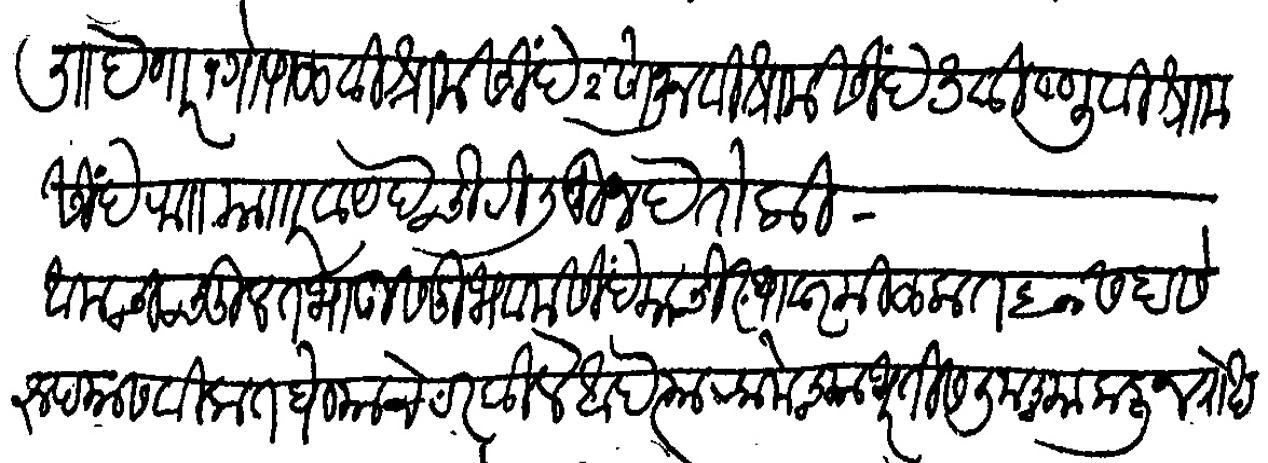
Transliteration (Devanagari): लिहून देणार १ गोपाळ विश्राम शिंदे २ सोनू विश्राम शिंदे ३ विष्णु विश्राम शिंदे रा मजकूर वायदे चिठी लिहून देतो की आमचा चुलत भाऊ सदू भवाना सिंदे याची स्थावर मिळकत ६०० सहाशे रुपयास विकत घेण्याचे ठरविले आहे त्या रकमेच्या भरतीस तुमच्या कडून रोख